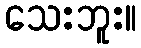
သေးဘူး။